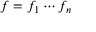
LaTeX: f = f _ { 1 } \cdots f _ { n }